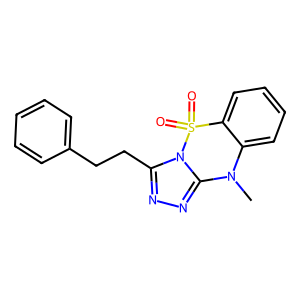
SMILES: CN1c2ccccc2S(=O)(=O)n2c(CCc3ccccc3)nnc21
Inhibits HIV replication: No